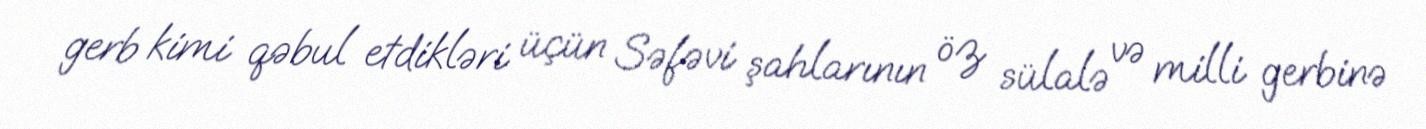
gerb kimi qəbul etdikləri üçün Səfəvi şahlarının öz sülalə və milli gerbinə